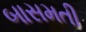
બાસમતી